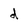
Character: d